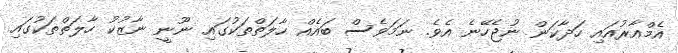
އެމްއާރުއައި ހަދާކަން ނުޖެހޭނެ އެވެ. ނަމަވެސް ބައެއް ހާލަތްތަކުގައި ނޫނީ ނާޒުކު ހާލަތްތަކުގައި